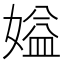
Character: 㜋